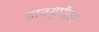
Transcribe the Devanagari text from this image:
डाक्युमेंट्स